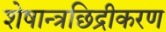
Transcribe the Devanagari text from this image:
शेषान्त्रछिद्रीकरण